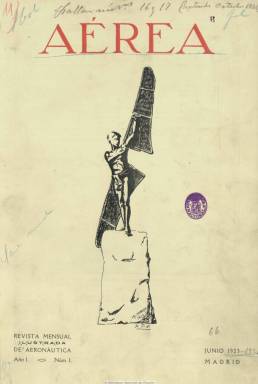
Título: Aérea (Madrid)
Colección: Aviación
Ámbito geográfico: Madrid
Lugar de publicación: Madrid
Fechas: 01/06/1923-31/12/1930

Con el subtítulo “revista ilustrada de aeronáutica”, esta publicación mensual, cuyo primer número aparece en junio de 1923, es considerada como una de las pioneras especializadas en esta materia, y antecedente de la oficial Revista aeronáutica, que empezará a editarse en 1932 y cuya existencia se prolonga hasta hoy bajo el título Revista de aeronáutica y astronómica, que adoptó en 1961. Aérea nació del deseo de un grupo de militares amantes de la Aviación, con el objeto de contribuir al fomento en España de la navegación aérea tanto en su aspecto industrial como profesional, en los campos militar y también civil, que será testigo de los últimos años de la guerra de África y en un momento en el que la aeronáutica se está desarrollando de forma importantísima tanto en España como en el mundo. La revista será declarada de utilidad para el Ejército por real orden de 22 de junio de 1927.

Entre los militares, generalmente ingenieros y otros técnicos, aviadores y publicistas que formarán parte de la redacción y su cuadro de colaboradores aparecen el general e ingeniero Francisco Echagüe y Santoyo (1860-1924), entonces director de la Aeronáutica Militar española, que al pasar a la reserva será reemplazado en el cargo, en 1924, por el general Jorge Soriano Escudero; así como Alfredo Kindelán Duany, Cesáreo Tiesto Clemente, Salvador García de Pruneda y Arizón, Emilio Herrera Linares, Vicente Balbás y Carrillo de Albornoz, Leonardo Torres Quevedo, Mariano Moreno Caracciolo, Juan de la Cierva y Codorníu, Baldomero Vila, Luis Foyé y Pedro María Cardona, director de la Escuela de Aeronáutica Naval, y los técnicos y aviadores pertenecientes a la misma, entre otros muchos. A partir de 1928, asumirá la dirección de la revista el teniente coronel de ingenieros Joaquín de la Llave y Sierra, relevante figura de la Aeronáutica española, que previamente había colaborado en el Boletín oficial del Real Aero Club de España, Vida marítima e Iberia, entre otras revistas

En esta revista serán publicados artículos, crónicas y reportajes sobre diversos campos de la aeronáutica y la aviación tanto militar y naval como civil, mercantil, postal o deportiva; los aeródromos, aeropuertos y bases aéreas, como las de Sevilla, Los Alcázares (Murcia), Guadalajara o Getafe; tipos de aeronaves (de combate, sanitarias, hidroaviones, helicópteros, dirigibles, autogiro); proezas y record de las travesías aéreas; concursos y pruebas de vuelos; accidentes y víctimas de vuelos; líneas e itinerarios aéreos; maniobras y acciones militares; conferencias, exposiciones y congresos; paracaidismo, historia de la aviación, meteorología, política y seguridad aéreas, construcción de aeronaves; Consejo Superior de Aeronáutica, Real Aero Club de España, Escuela de pilotos de Albacete, escuelas civiles de aviación, o aerostación, mecánica y técnica, entre otros asuntos. La revista tendrá secciones de Derecho aéreo, Bibliografía, Consultorio, Parte oficial (cursos de formación, convocatorias, recompensas, licencias), Información (noticias breves de actualidad), así como Comentarios del mes,  Nuestros aviadores o Figuras de relieve y retratos. Ofrece asimismo información de las novedades de la aeronáutica extranjera y mundial e inserta algunos textos de creación literaria y hasta llega a tener una Página de humor.

Sus entregas son de paginación variada, entre la veintena y las cuarenta páginas, compuestas a dos columnas y estampadas en papel de calidad. Resalta de la revista su gran profusión de fotograbados (en blanco y negro), tanto de retratos de jefes y aviadores militares como civiles, de escuadrillas, bases aéreas o aeronaves, pero especialmente de vistas aéreas de ciudades, aeródromos o puertos, junto a planos, dibujos, figuras y esquemas. Además, sus páginas centrales están dedicadas a notas gráficas. También abunda la publicidad comercial de empresas y compañías, de proveedores y representantes de la industria aeronáutica (aeronaves, motores, radiadores, hélices, aceites, etc.).

En los últimos años publica en la entrega de diciembre índices alfabéticos de autores, materias y grabados. El último número de la colección es el 87 y corresponde a los meses de noviembre y diciembre de 1930.